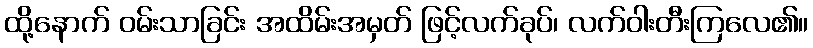
ထို့နောက် ဝမ်းသာခြင်း အထိမ်းအမှတ် ဖြင့်လက်ခုပ်၊ လက်ဝါးတီးကြလေ၏။